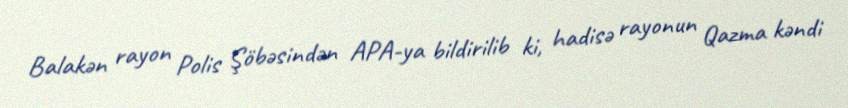
Balakən rayon Polis Şöbəsindən APA-ya bildirilib ki, hadisə rayonun Qazma kəndi